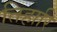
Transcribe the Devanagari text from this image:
तिहारि